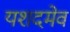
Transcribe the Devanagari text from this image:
यशदमेव